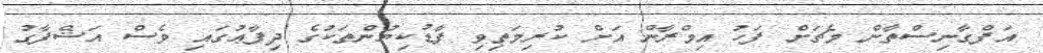
އަފްގާނިސްތާން މެޗަށް ފަހު އިމްރާން އަށް ކުރިމަތިވި ފާޑުކިޔުންތަކުގެ ދިފާޢުގައި ވެސް އަޝްފާގު